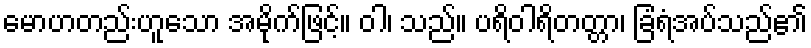
မောဟတည်းဟူသော အမိုက်ဖြင့်။ ဝါ၊ သည်။ ပရိဝါရိတတ္တာ၊ ခြံရံအပ်သည်၏